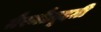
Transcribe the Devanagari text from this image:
ग़ैरमौज़ूदग़ी